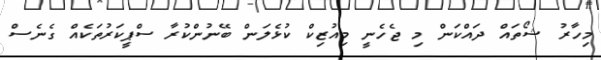
މިހާރު ޝޯތައް ދައްކަން މި ޖެހެނީ މިއުޒިކް ކުޅެލަން ބޭނުންކުރާ ސްޕީކަރުތަކެއް ގެނެސް